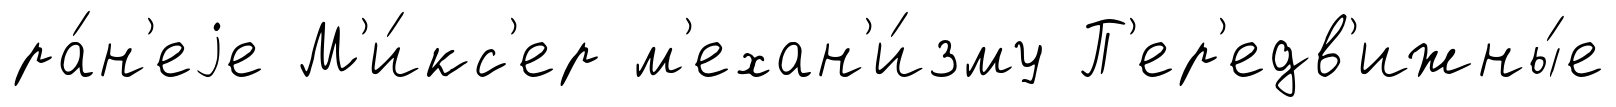
ра́н'еjе М'и́кс'ер м'ехан'и́зму П'ер'едв'ижны́е